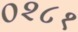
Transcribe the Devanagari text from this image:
०२८१